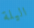
اليلة